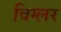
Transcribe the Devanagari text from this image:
विग्लर